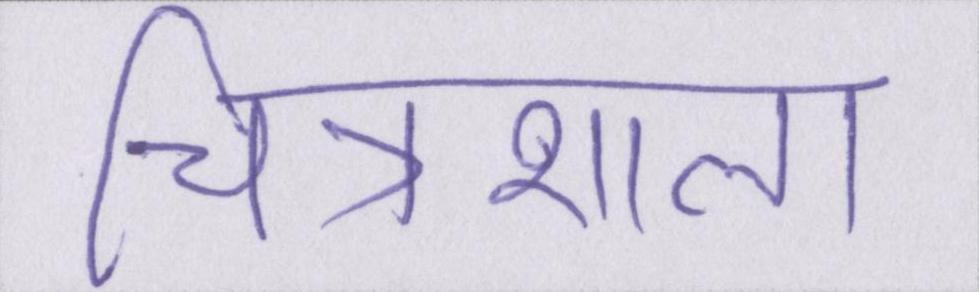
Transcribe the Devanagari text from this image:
चित्रशाला